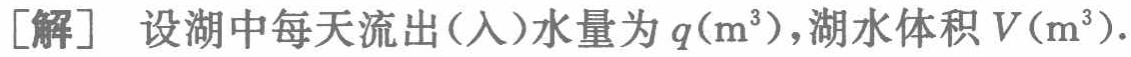
[解] 设湖中每天流出(入)水量为\(q(\mathrm{m}^{3})\)，湖水体积\(V(\mathrm{m}^{3})\).